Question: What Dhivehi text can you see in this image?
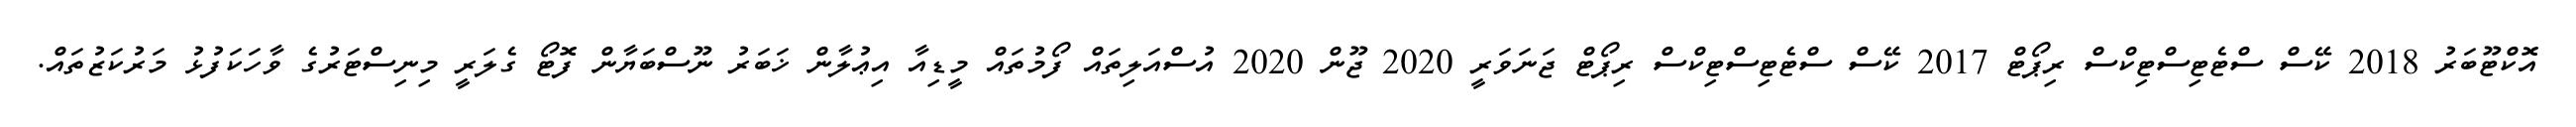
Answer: އޮކްޓޫބަރު 2018 ކޭސް ސްޓެޓިސްޓިކްސް ރިޕޯޓް 2017 ކޭސް ސްޓެޓިސްޓިކްސް ރިޕޯޓް ޖަނަވަރީ 2020 ޖޫން 2020 އުސްއަލިތައް ފޯމުތައް މީޑިއާ އިޢުލާން ޚަބަރު ނޫސްބަޔާން ފޮޓޯ ގެލަރީ މިނިސްޓަރުގެ ވާހަކަފުޅު މަރުކަޒުތައް.